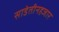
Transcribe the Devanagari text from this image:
साडेतीनहजार